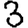
Digit: 3